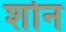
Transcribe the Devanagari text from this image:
शोन